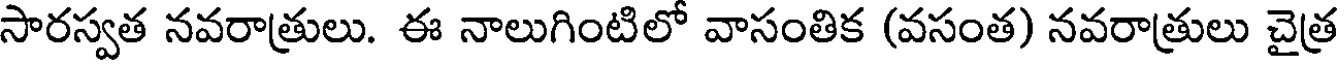
సారస్వత నవరాత్రులు. ఈ నాలుగింటిలో వాసంతిక (వసంత) నవరాత్రులు చైత్ర